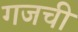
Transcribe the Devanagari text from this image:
गजची